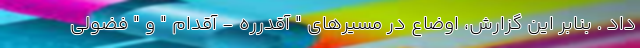
داد . بنابر این گزارش، اوضاع در مسیرهای " آقدرره - آقدام " و " فضولی